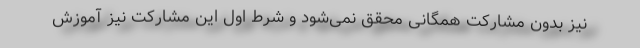
نیز بدون مشارکت همگانی محقق نمی‌شود و شرط اول این مشارکت نیز آموزش